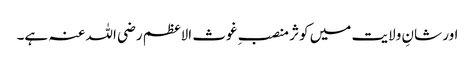
اور شانِ ولایت میں کوثر منصبِ غوث الاعظم رضی اللہ عنہ ہے۔